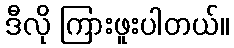
ဒီလို ကြားဖူးပါတယ်။